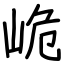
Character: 峗